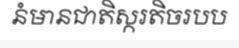
នំមានជាតិស្ករតិចរបប